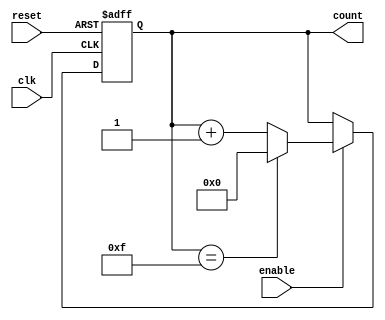
module async_counter #(
    parameter N = 15 // Maximum count value (0 to N)
)(
    input wire clk,          // Clock input
    input wire reset,        // Asynchronous reset
    input wire enable,       // Enable input
    output reg [$clog2(N+1)-1:0] count // Counter output
);

// Asynchronous reset and counting logic
always @(posedge clk or posedge reset) begin
    if (reset) begin
        count <= 0; // Reset the counter to 0
    end else if (enable) begin
        if (count == N) begin
            count <= 0; // Wrap around to 0 when maximum is reached
        end else begin
            count <= count + 1; // Increment the counter
        end
    end
end

endmodule